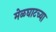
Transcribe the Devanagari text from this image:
मेळघाटच्या